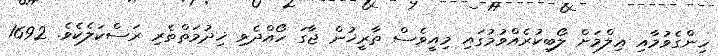
ހިންގެވުމާއި ޢިލްމަށް ލޯބިކުރެއްވުމުގައި މިއީވެސް ތާރީޚުން ޖާގަ ހޯއްދެވި ޚިދުމަތްތެރި ރަސްކަލެކެވެ. 1692